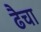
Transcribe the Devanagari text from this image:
ढैचा